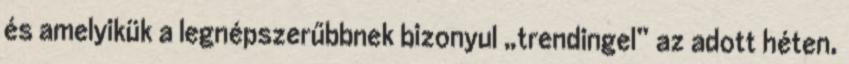
és amelyikük a legnépszerűbbnek bizonyul „trendingel” az adott héten,